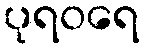
ပုရဝရေ